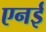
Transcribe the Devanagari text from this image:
एनई